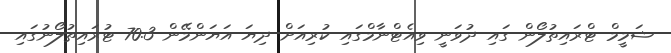
ޝަމީމް ޓްރައިތުލޯން ގައި ދުވަނީ ވިއެޓްނާމްގައި ކުރިއަށް ދިޔަ އަޔަންމޭން 70.3 ޓުރައިތުލޯނުގައި